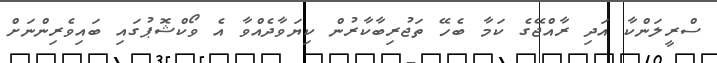
ސްރީލަންކާ އަދި ރާއްޖޭގެ ކަމާ ބެހޭ ތަޖުރިބާކާރުން ކިޔަވާދެއްވާ އެ ވޯކްޝޮޕުގައި ބައިވެރިންނަށް